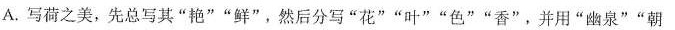
A. 写荷之美，先总写其”艳” ”鲜”，然后分写”花” ”叶” ”色” ”香”，并用”幽泉” ”朝